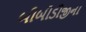
બીબીડીજીના